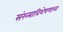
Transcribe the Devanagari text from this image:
संख्याविशेषणाला